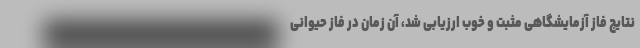
نتایج فاز آزمایشگاهی مثبت و خوب ارزیابی شد، آن زمان در فاز حیوانی